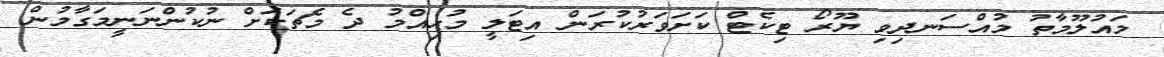
މައުލޫމާތު މުއްސަނދިވި ޔޫރޯ ޓިކެޓް ކަށަވަރުކުރަން އިޓަލީ މުހިއްމު ދެ މެޗަކަށް ނުކުންނަނީމަގާމުން